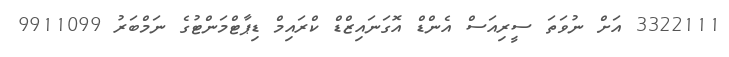
3322111 އަށް ނުވަތަ ސީރިއަސް އެންޑް އޮގަނައިޒްޑް ކްރައިމް ޑިޕާޓްމަންޓުގެ ނަމްބަރު 9911099